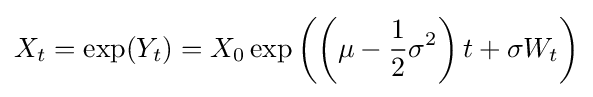
X_{t}=\exp(Y_{t})=X_{0}\exp \left(\left(\mu -{\frac {1}{2}}\sigma ^{2}\right)t+\sigma W_{t}\right)